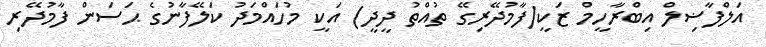
އަލްފާޟިލް އިބްރާހީމް ޒަކީ(ފާމުދޭރިގޭ ތުއްތު ދީދީ) އަކީ މުހައްމަދު ކަލޭފާނުގެ ޙަސަން ފާމުދޭރި